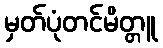
မှတ်ပုံတင်မိတ္တူ